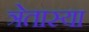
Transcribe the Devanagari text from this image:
त्रेतास्या